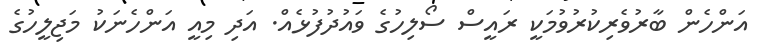
އަންހެން ބާރުވެރިކުރުވުމަކީ ރައީސް ސޯލިހުގެ ވައުދުފުޅެއް. އަދި މިއީ އަންހެނަކު މަޖިލީހުގެ